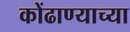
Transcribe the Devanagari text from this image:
कोंढाण्याच्या